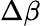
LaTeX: \Delta\beta